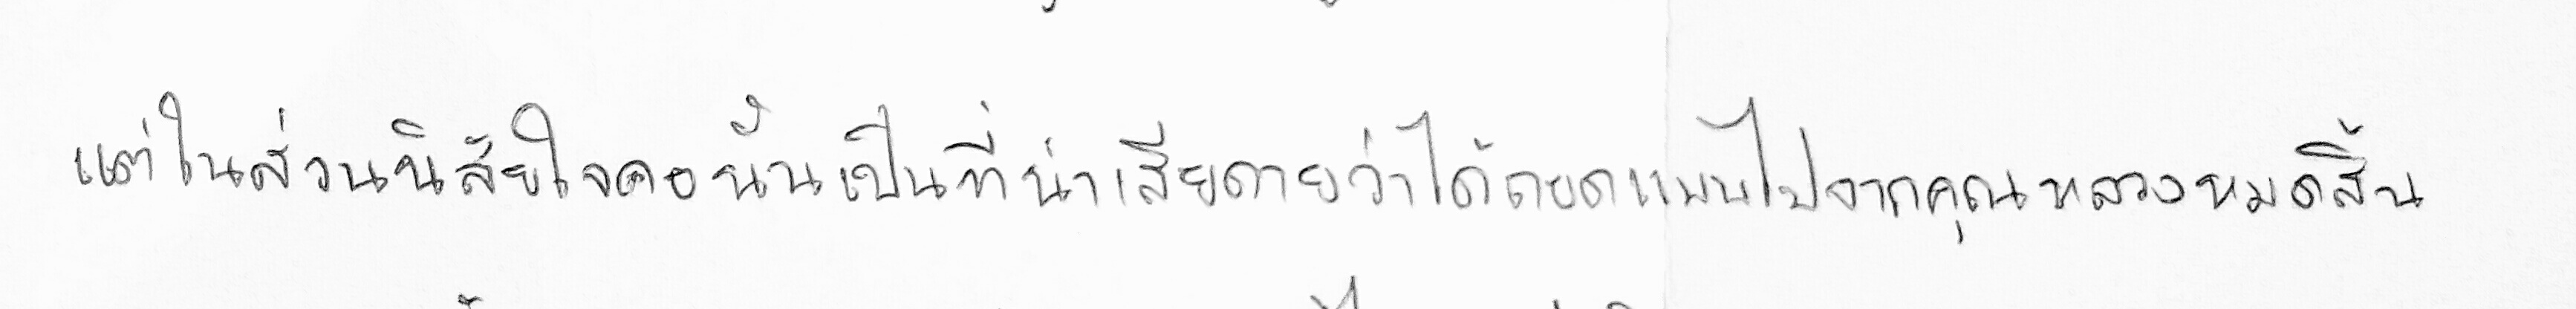
แต่ในส่วนนิสัยใจคอนั้นเป็นที่น่าเสียดายว่าได้ถอดแบบไปจากคุณหลวงหมดทั้งสิ้น